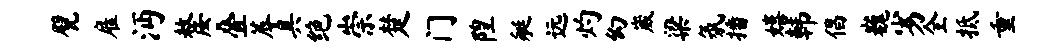
甓雇沔嫠叠蓐具绝崇楚门隍艇远灼幻崴梁氛播嬉韩倡巍劣全抵重